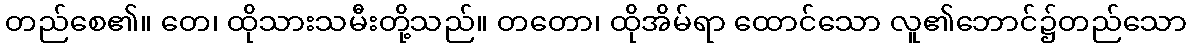
တည်စေ၏။ တေ၊ ထိုသားသမီးတို့သည်။ တတော၊ ထိုအိမ်ရာ ထောင်သော လူ၏ဘောင်၌တည်သော